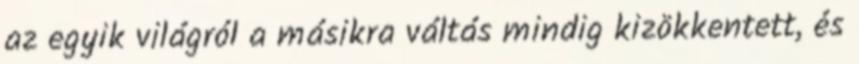
az egyik világról a másikra váltás mindig kizökkentett, és